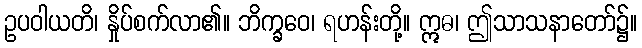
ဥပဝါယတိ၊ နှိုပ်စက်လာ၏။ ဘိက္ခဝေ၊ ရဟန်းတို့။ ဣဓ၊ ဤသာသနာတော်၌။